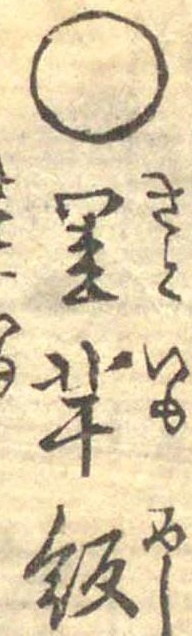
○里芋飯